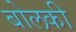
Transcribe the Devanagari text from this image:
बोलकी